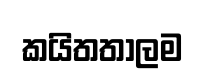
කයිතතාලම